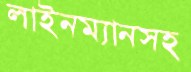
লাইনম্যানসহ